kultuurilooline_kollektsioon, lk 81
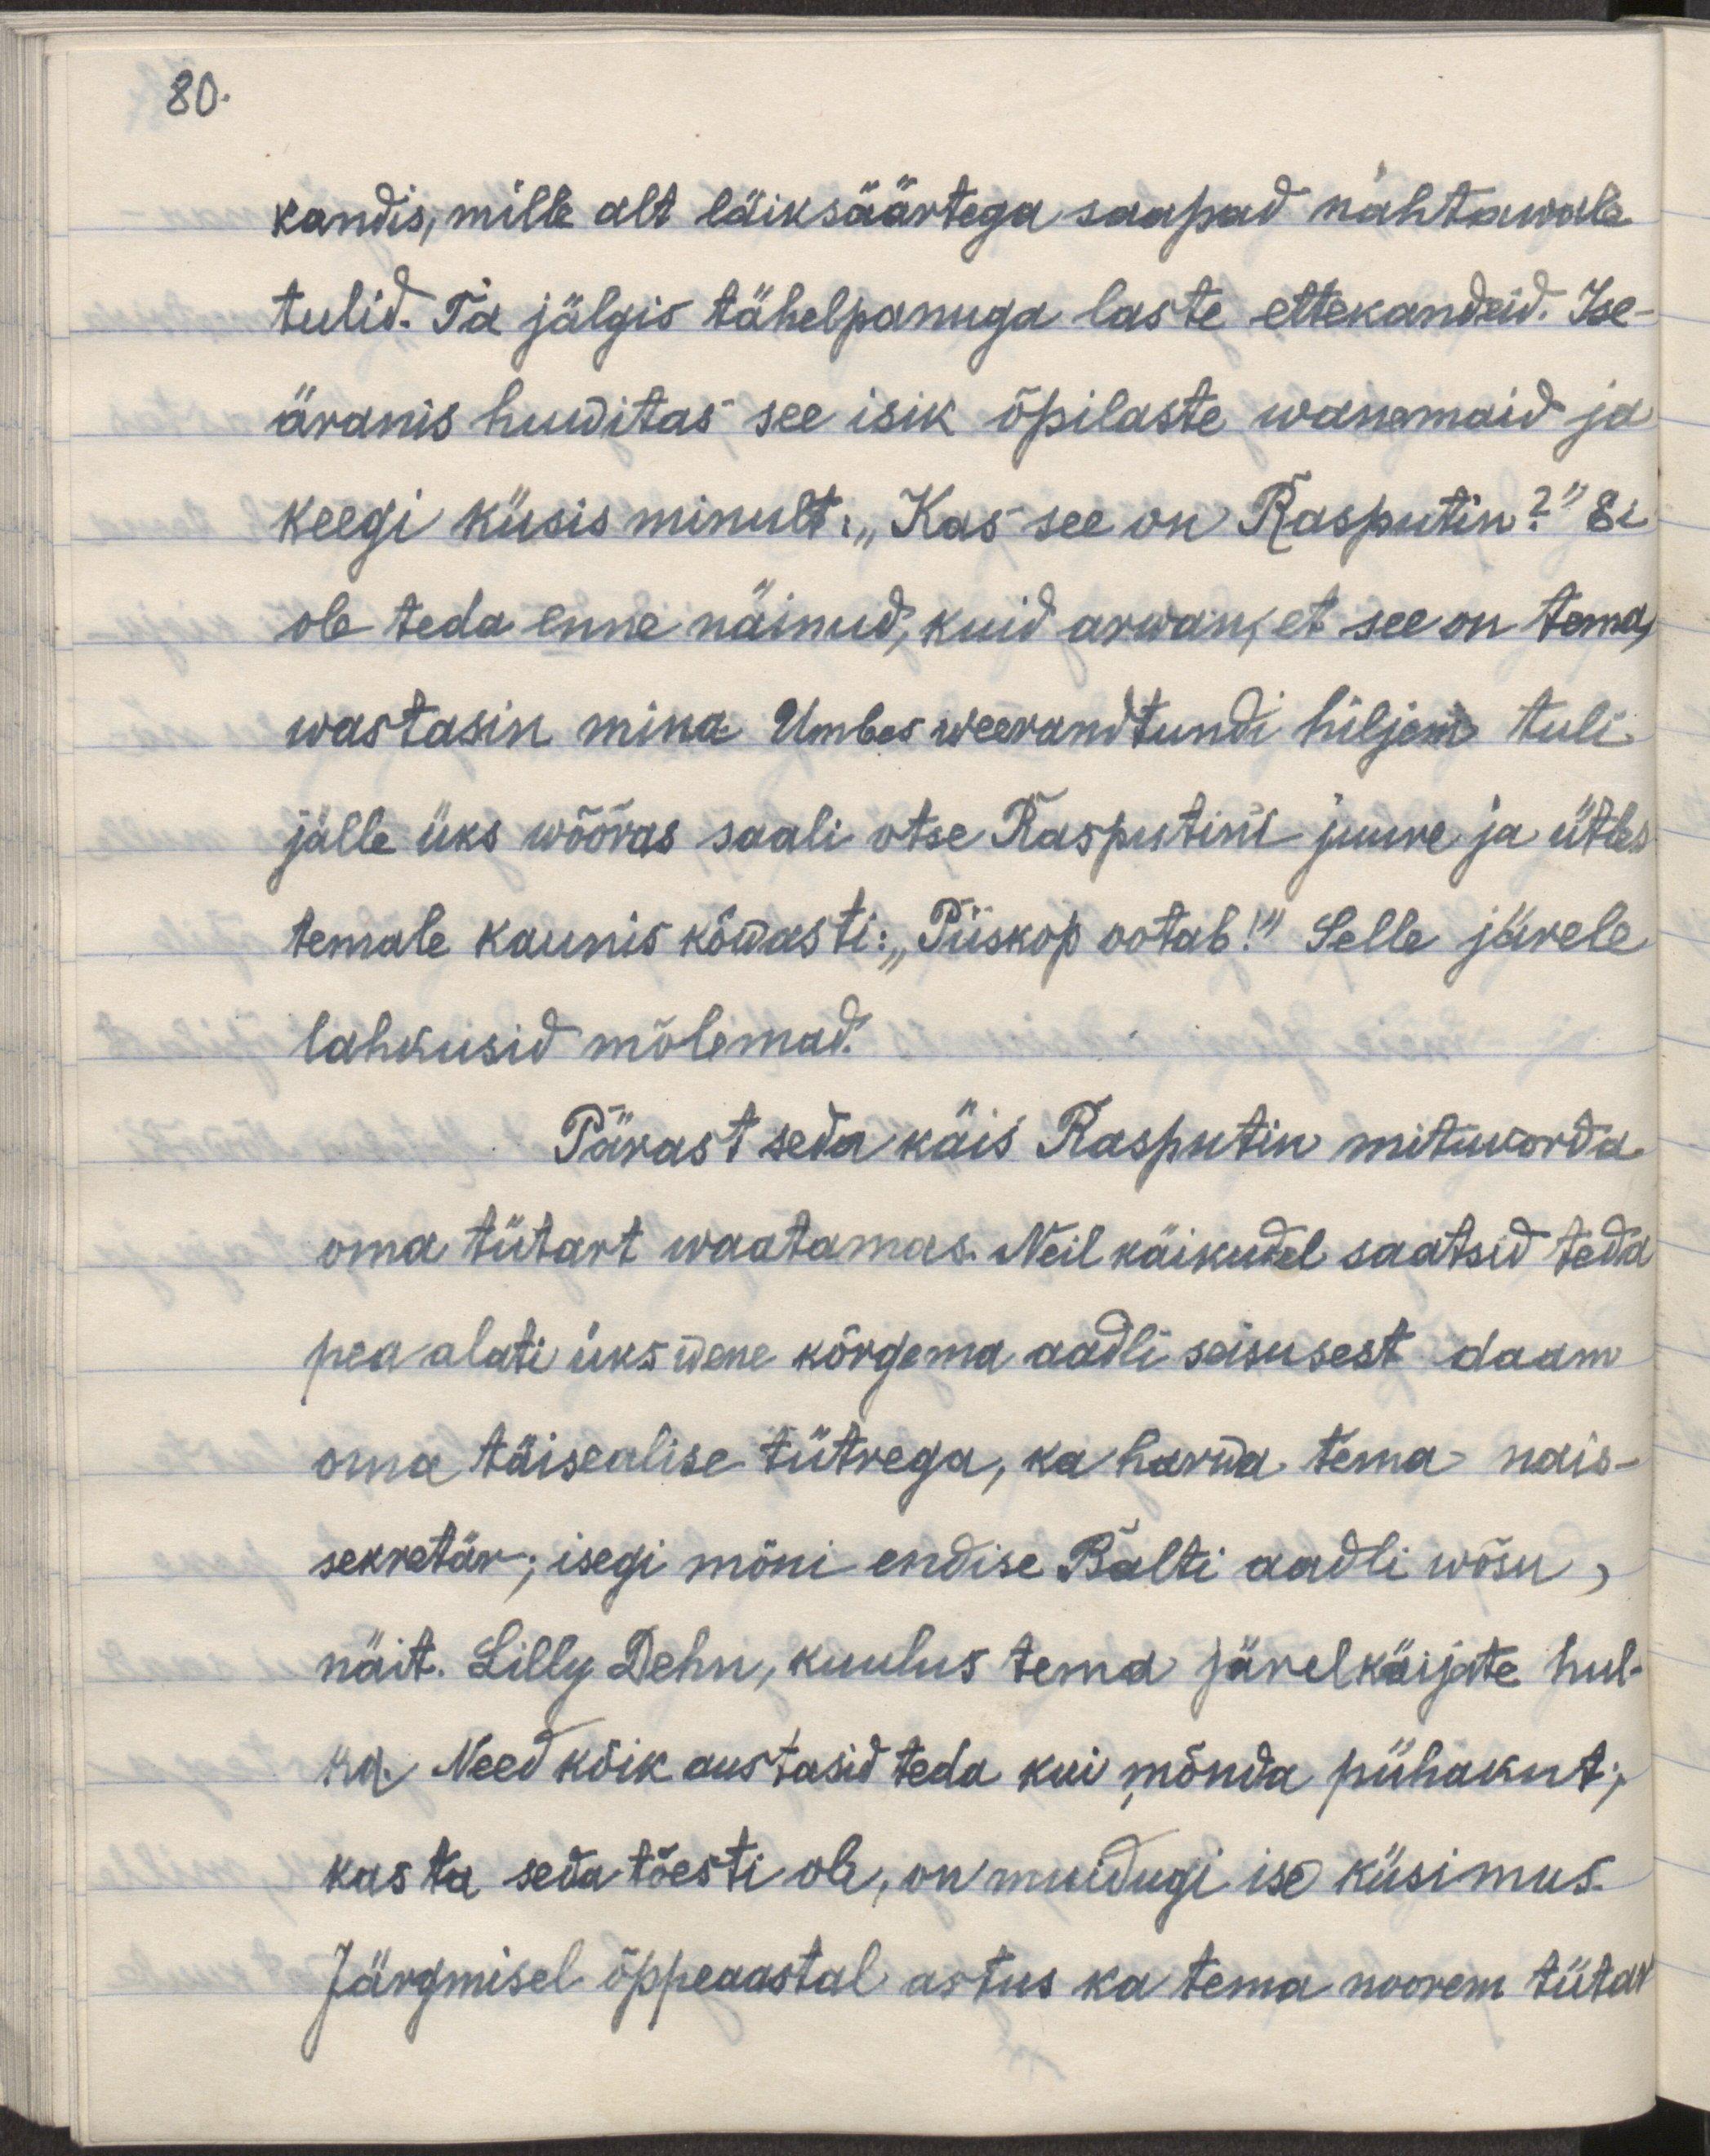
80.

kandis, mille alt läiksäärtega saapad nähtawale
tulid. Ta jälgis tähelepanuga laste ettekandeid. Ise
äranis huwitas see isik õpilaste wanemaid ja
keegi küsis minult: "Kas see on Rasputin?" Ei
ole teada enne näinud, kuid arwasin, et see on tema,
wastasin mina. Umbes weerand tundi hiljem tuli
jälle üks wõõras saali otse Rasputini juure ja ütles
temale kaunis kõwasti: "Piiskop ootab!" Selle järele
lahkusid mõlemad.
Pärast seda käis Rasputin mitukorda
oma tütart waatamas. Neil käikudel saatsid teda
pea alati üks wene kõrgema aadli seisusest daam
oma täisealise tütrega, ka harwa tema nais-
sekretär; isegi mõni endise Balti aadli wõsu,
näit. Lilly Dehn, kuulus tema järelkäijate hul-
ka. Need kõik austasid teda kui mõnda pühakut;
kas ta seda tõesti oli, on muidugi ise küsimus.
Järgmisel õppeaastal astus ka tema noorem tütar